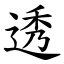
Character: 透